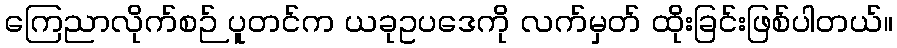
ကြေညာလိုက်စဉ် ပူတင်က ယခုဥပဒေကို လက်မှတ် ထိုးခြင်းဖြစ်ပါတယ်။